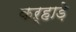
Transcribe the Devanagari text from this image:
कऱ्हाड़े